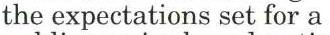
the expectations set for a